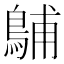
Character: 𪁭